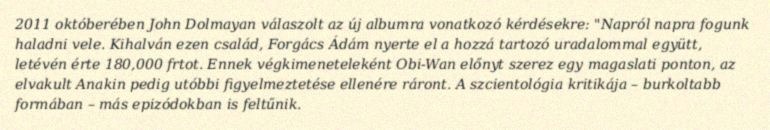
2011 októberében John Dolmayan válaszolt az új albumra vonatkozó kérdésekre: "Napról napra fogunk haladni vele. Kihalván ezen család, Forgács Ádám nyerte el a hozzá tartozó uradalommal együtt, letévén érte 180,000 frtot. Ennek végkimeneteleként Obi-Wan előnyt szerez egy magaslati ponton, az elvakult Anakin pedig utóbbi figyelmeztetése ellenére ráront. A szcientológia kritikája – burkoltabb formában – más epizódokban is feltűnik.